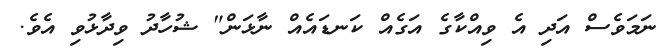
ނަމަވެސް އަދި އެ ވިއްކާގެ އަގެއް ކަނޑައެއް ނާޅަން" ޝުހާދު ވިދާޅުވި އެވެ.